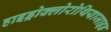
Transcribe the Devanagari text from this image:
हाइड्रोक्लोरोथियाजाइड